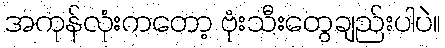
အကုန်လုံးကတော့ ဗုံးသီးတွေချည်းပါပဲ။